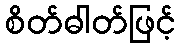
စိတ်ဓါတ်ဖြင့်